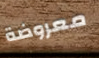
معروضة